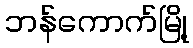
ဘန်ကောက်မြို့